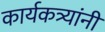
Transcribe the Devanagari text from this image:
कार्यकत्र्यांनी